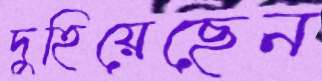
দুহিয়েছেন